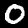
Label: 0